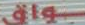
بواق